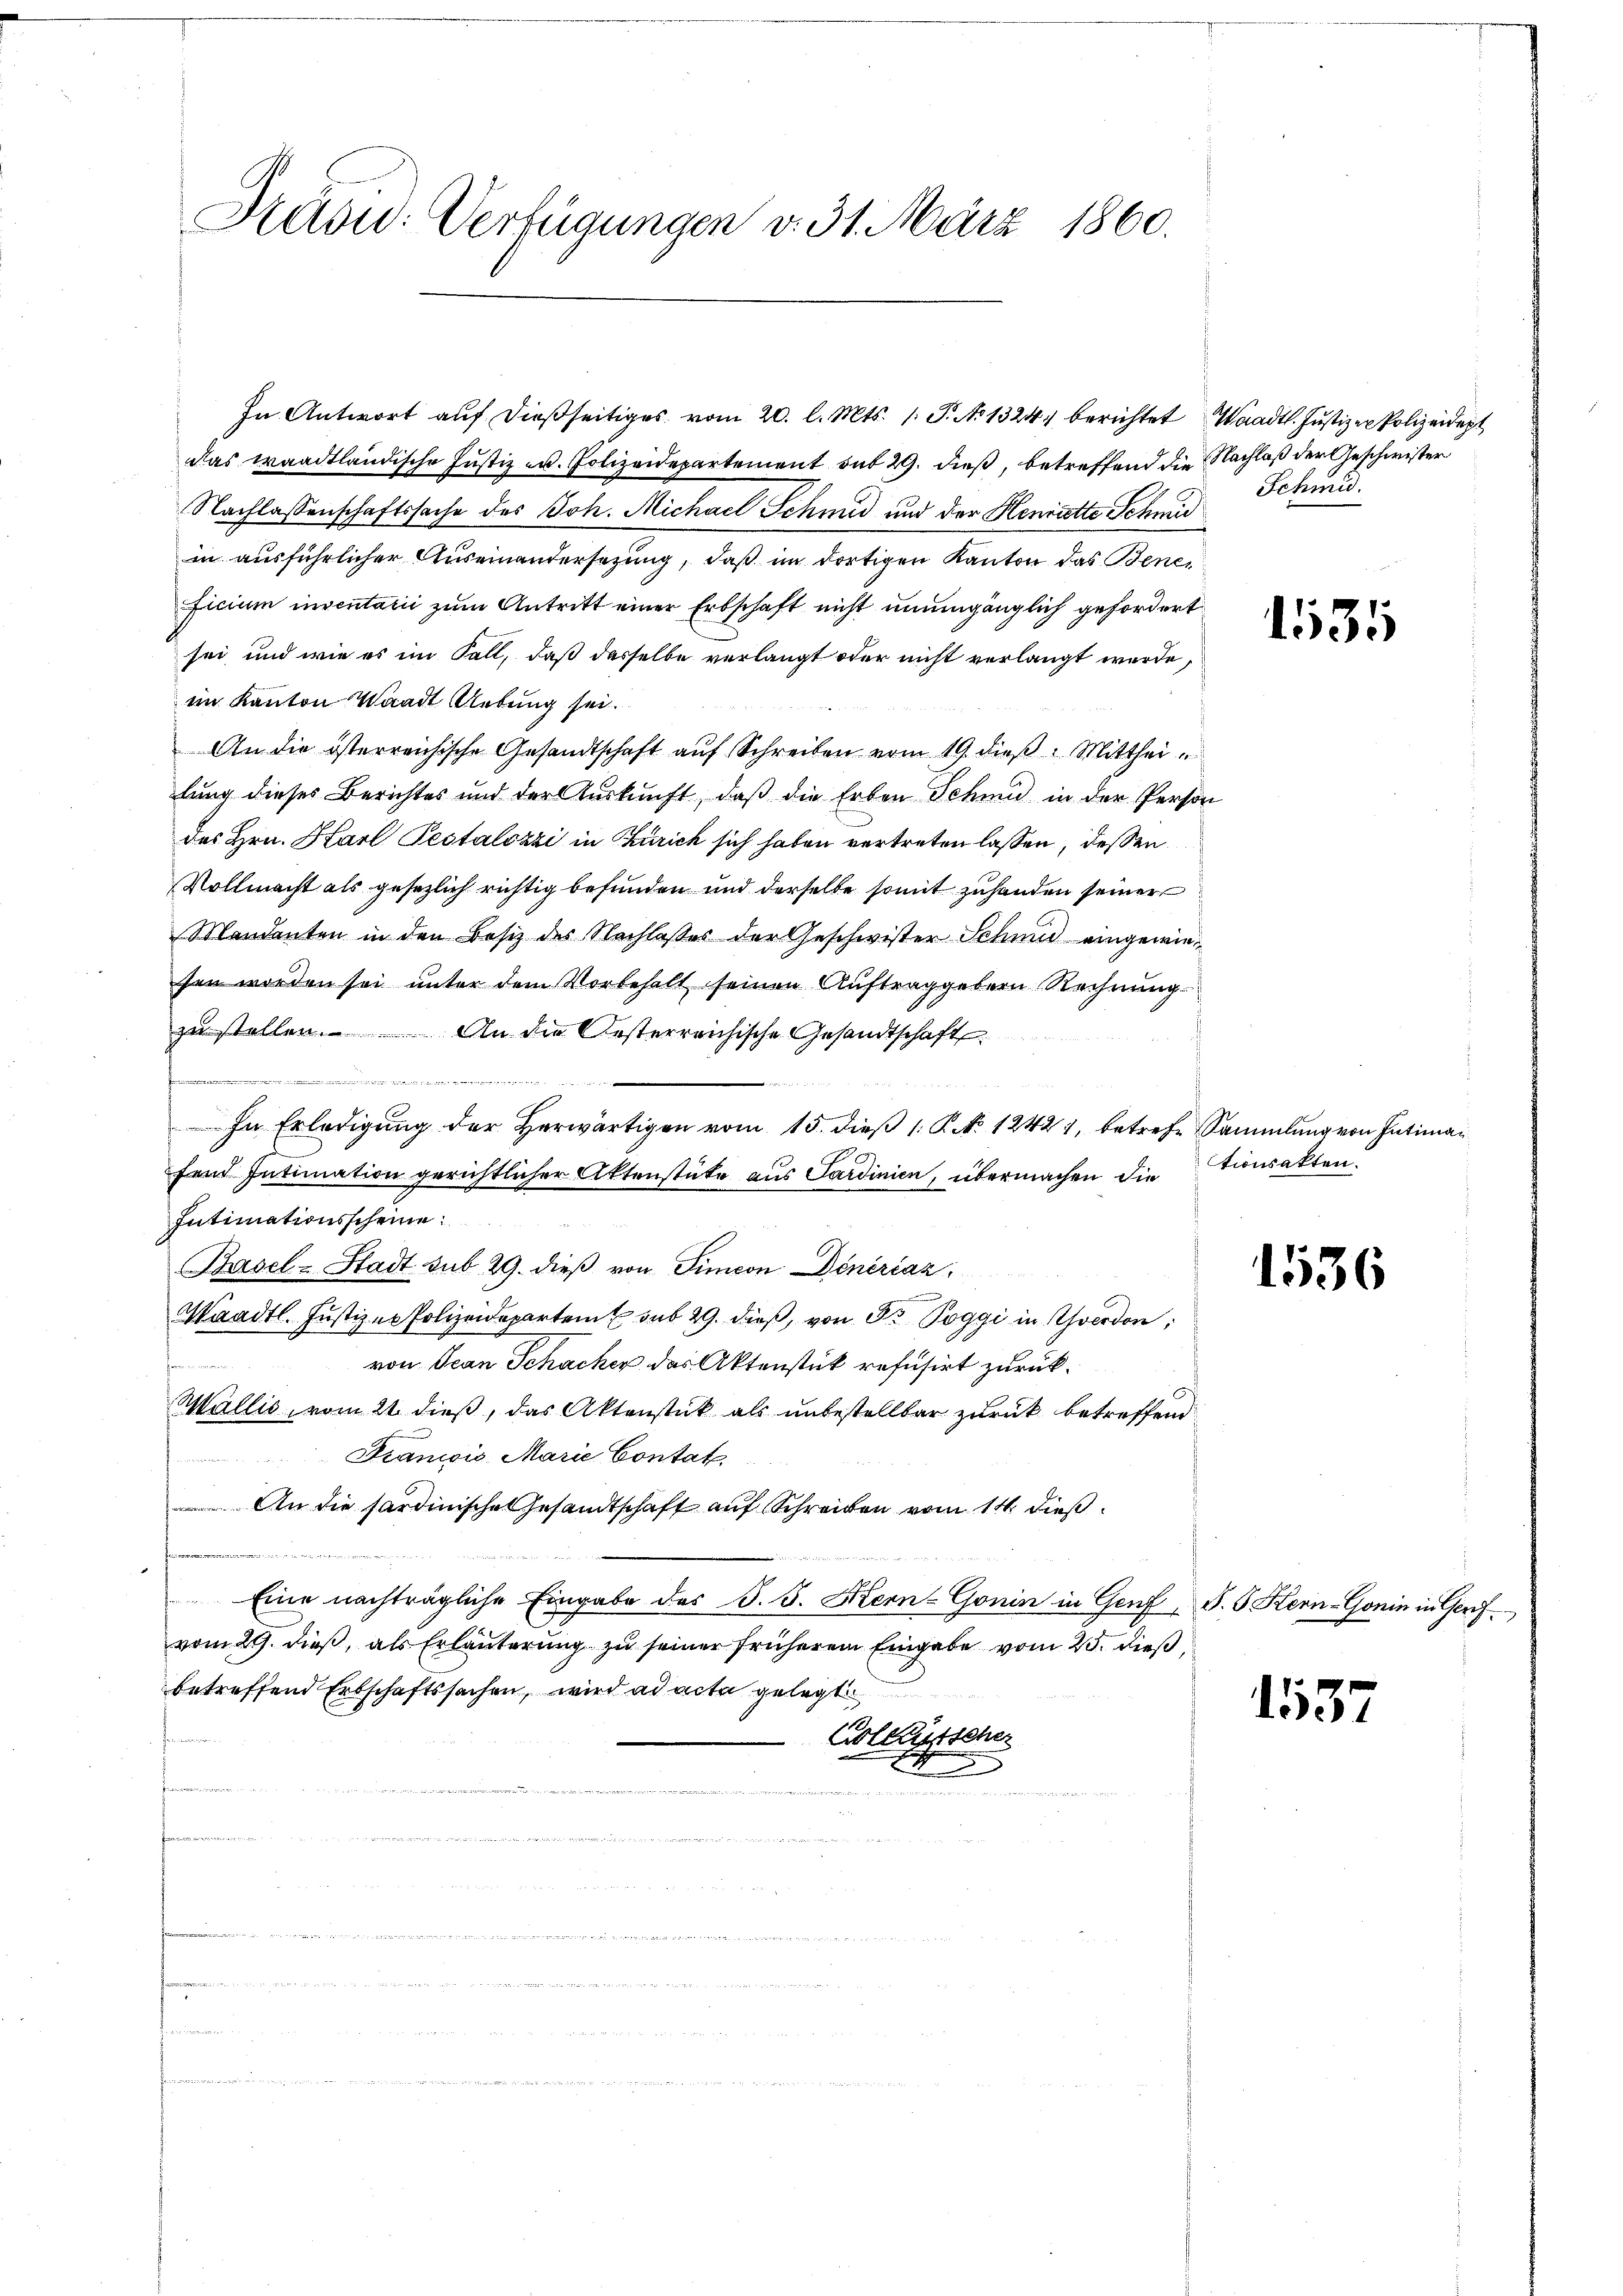
Kasu: Verfügungen v. 31. März 1860.

In Antwort auf dießseitiges vom 20. l. Mts. 1. P. No 1324. berichtet Waadt. Justizen Polizeidept
das waadtländische Justiz u. Polizeidepartement mit 29. dieß, betreffend die Nachlaß der Geschwister
Nachlassenschaftssache des Joh. Michael Schmid und der Henriette Schmid
in ausführlicher Auseinandersetzung, daß im dortigen Kanton das Beneficium inventarii zum Antritt einer Erbschaft nicht unumgänglich gefordert
sei und wie es im Fall, daß dasselbe verlangt oder nicht verlangt wurde,
iin Kanton Waadt Uebung sei.
An die österreichische Gesandtschaft aŭf Schreiben vom 19. dieβ. Mittheilung dieses Berichtes und der Auskunft, daß die Erben Schmid in der Person
des Hrn. Karl Pestalozzi in Zürich sich haben vertreten lassen, dessen
Vollmacht als gesezlich richtig befunden und derselbe somit zuhanden seiner
Mandanten in den Besiz des Nachlasses der Geschwister Schmid eingewiesen worden sei unter dem Vorbehalt seinen Auftraggebern Rechnung
zu stellen. An die Oesterreichische Gesandtschaft
, 22 te 143 n 1. 126. 400.
In Erledigung der herwärtigen vom 15. dieβ 1. K. No 12421, betrefe Sammlung von Intima¬
I
fend Intimation gerichtlicher Aktenstütz aus Sardinien, übermachen die
Intimationsscheine
Basel-Stadt sub 29. dieß von Simeon Dinériaz
Waadt. Jŭstizer Polizeideparten u sub 29. dieβ, von Gr. Poggi in Yverdon;
Prim
von Jean Schacher das Aktenstück refusirt zurück¬
Wallis, vom 21. dieß, das Aktenstück als unbestellbar zurück betreffend
Francois, Marie Contat.
 An die sardinische Gesandtschaft auf Schreiben vom 14. dieß
Eine nachträgliche Eingabe des J. J. Kern-Gonin in Genf, P. G. Kern-Gonin in Genf
vom 29. dieß, als Erläuterung zu seiner früherem Eingabe vom 25. dieß,
betreffend Erbschaftssachen, wird ad acta gelegt
Kolllustscher
b
t
u
.
e
 den werden werden wie anden dieser de
m
r
w
n

Schmid.

1531

tionsakten.

1536

1537